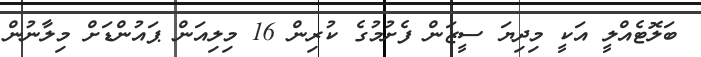
ބަލޮޓެއްލީ އަކީ މިދިޔަ ސީޒަން ފެށުމުގެ ކުރިން 16 މިލިއަން ޕައުންޑަށް މިލާނުން